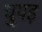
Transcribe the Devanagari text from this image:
चुपड़